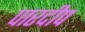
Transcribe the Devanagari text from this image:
पारदीप